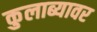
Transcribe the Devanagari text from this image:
कुलाब्यावर